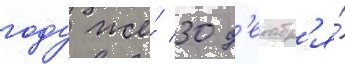
году же́ 30 д'екабр'я́